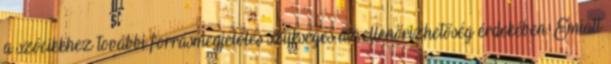
a szócikkhez további forrásmegjelölés szükséges az ellenőrizhetőség érdekében. Emiatt